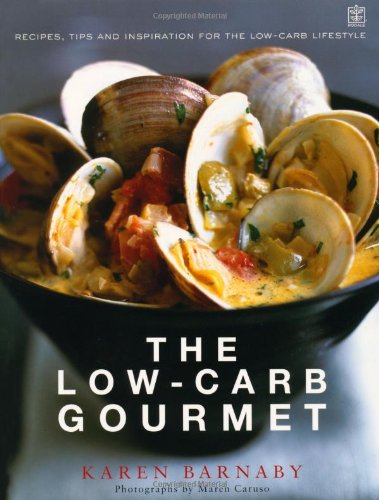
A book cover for Low-Carb Gourmet; Karen Barnaby; Cookbooks, Food & Wine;